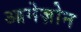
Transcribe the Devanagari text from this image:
आमेज़ोन